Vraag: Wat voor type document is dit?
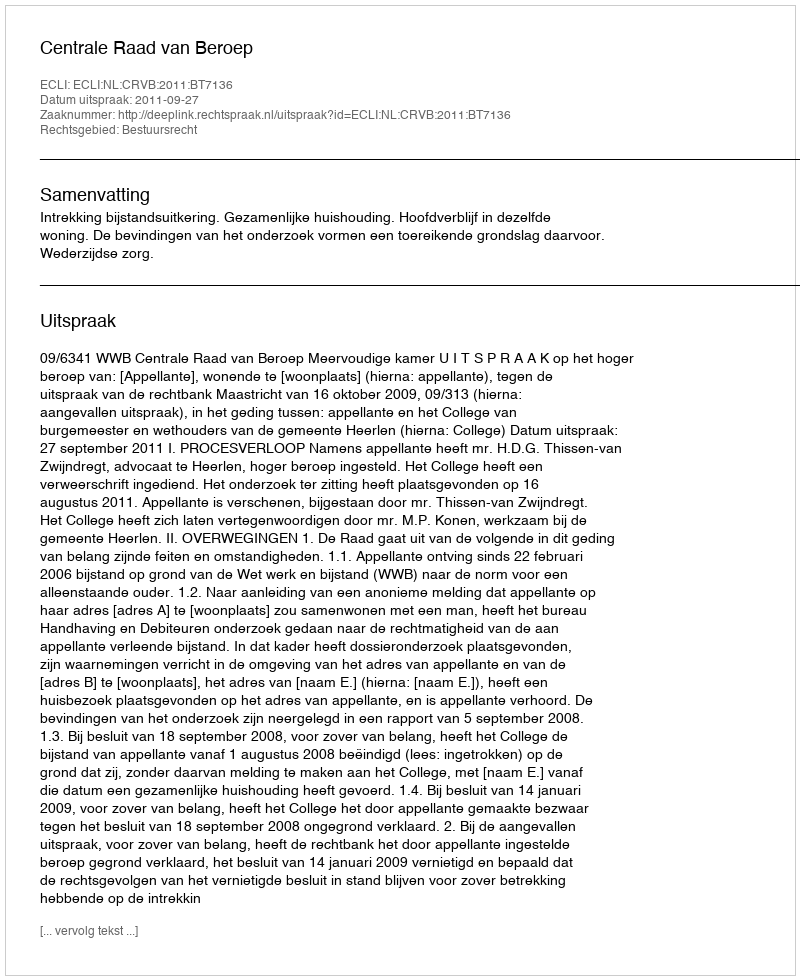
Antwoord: Uitspraak